255_413270_UFO's_and_Defense_What_Should_we_Prepare_For
Agency: NASA
Page 9
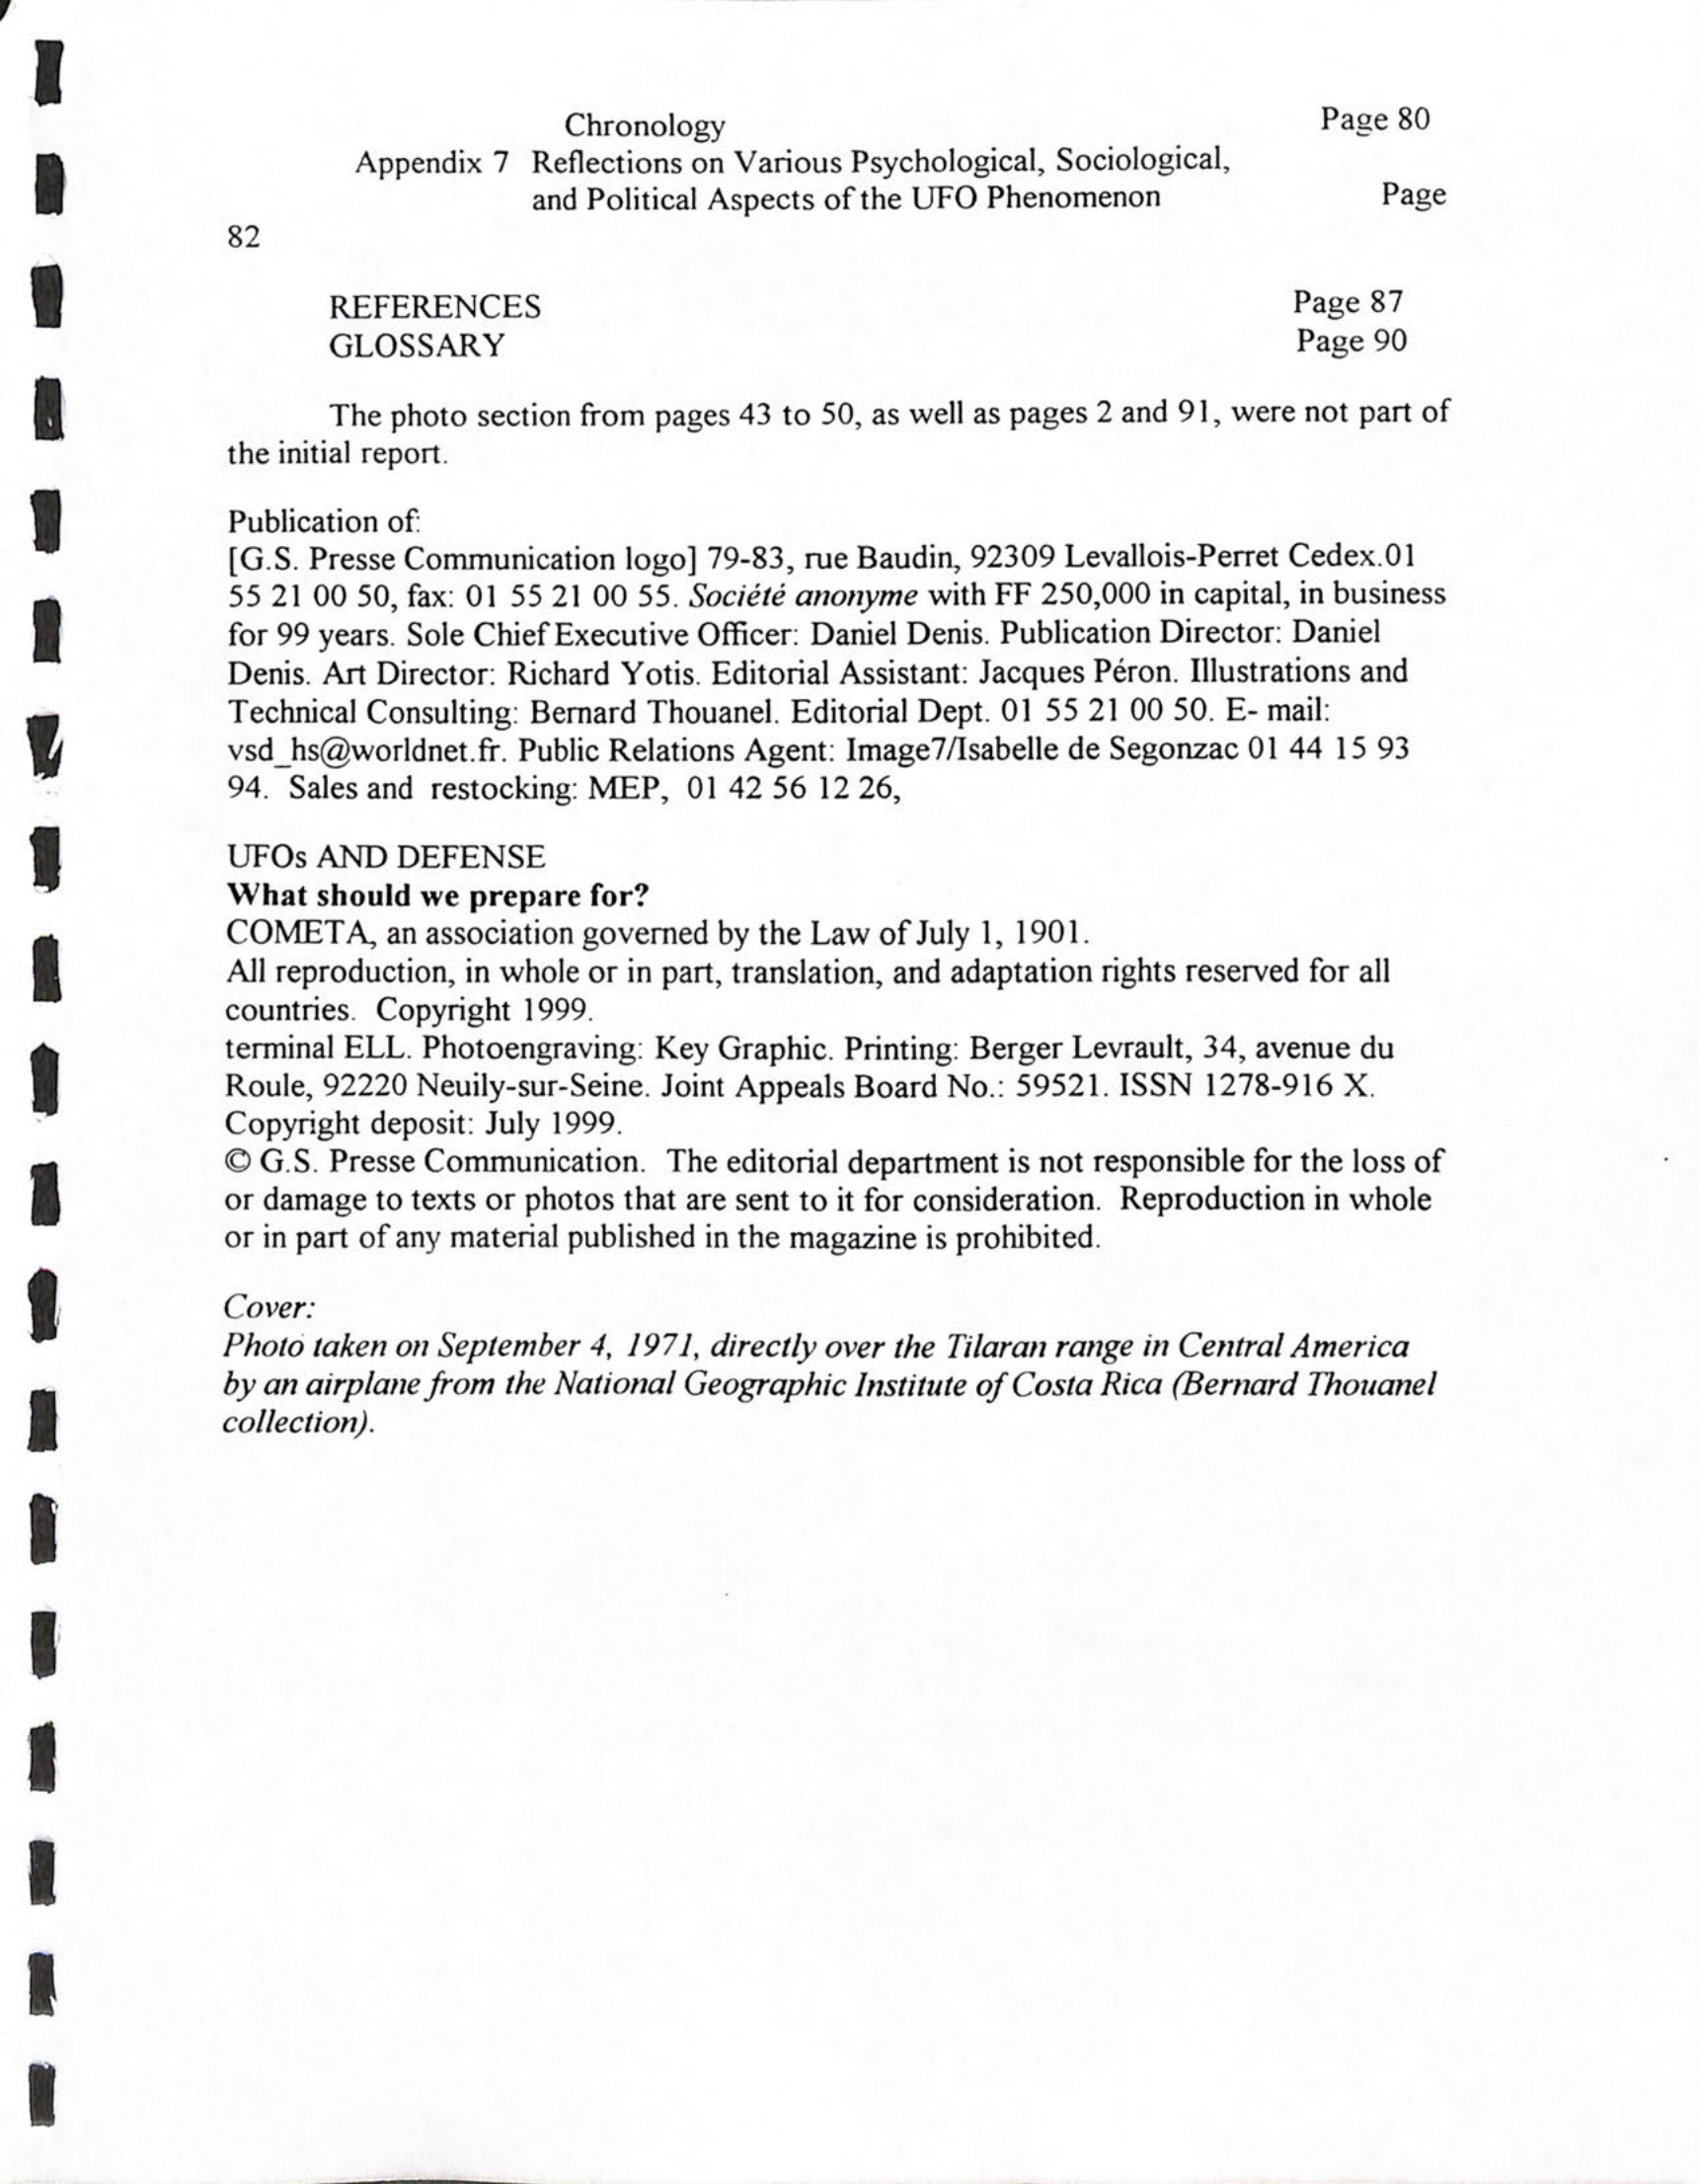